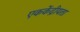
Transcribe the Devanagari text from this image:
एककेंद्रीयता